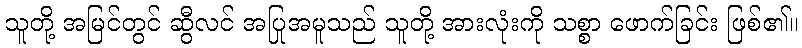
သူတို့ အမြင်တွင် ဆွီလင် အပြုအမူသည် သူတို့ အားလုံးကို သစ္စာ ဖောက်ခြင်း ဖြစ်၏။